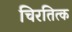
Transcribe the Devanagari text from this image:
चिरतित्क